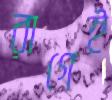
রাগেই